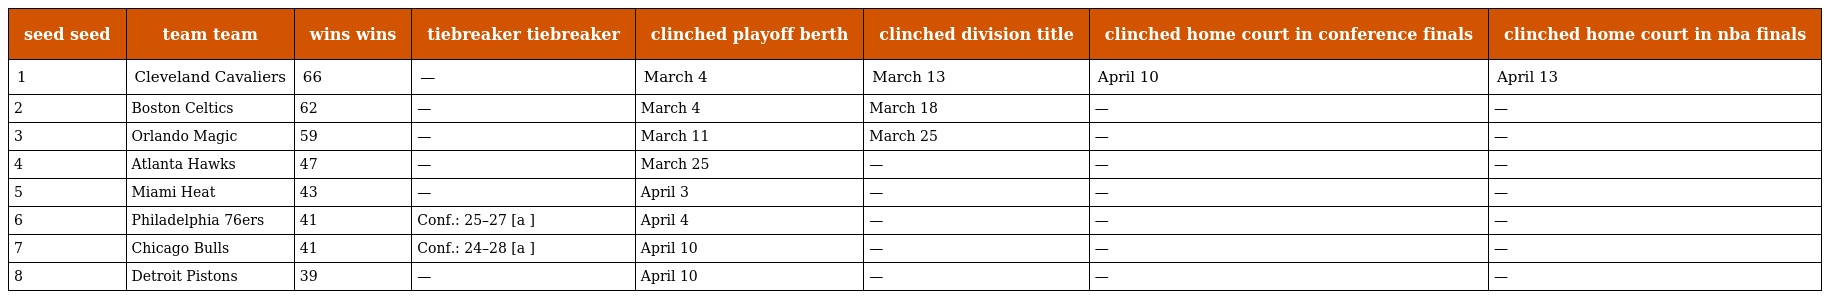
| seed seed | team team | wins wins | tiebreaker tiebreaker | clinched playoff berth | clinched division title | clinched home court in conference finals | clinched home court in nba finals |
 | --- | --- | --- | --- | --- | --- | --- | --- |
 | 1 | Cleveland Cavaliers | 66 | — | March 4 | March 13 | April 10 | April 13 |
 | 2 | Boston Celtics | 62 | — | March 4 | March 18 | — | — |
 | 3 | Orlando Magic | 59 | — | March 11 | March 25 | — | — |
 | 4 | Atlanta Hawks | 47 | — | March 25 | — | — | — |
 | 5 | Miami Heat | 43 | — | April 3 | — | — | — |
 | 6 | Philadelphia 76ers | 41 | Conf.: 25–27 [a ] | April 4 | — | — | — |
 | 7 | Chicago Bulls | 41 | Conf.: 24–28 [a ] | April 10 | — | — | — |
 | 8 | Detroit Pistons | 39 | — | April 10 | — | — | — |